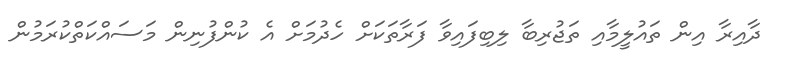
ދާއިރާ އިން ތައުލީމާއި ތަޖުރިބާ ލިބިފައިވާ ފަރާތަކަށް ހެދުމަށް އެ ކުންފުނިން މަސައްކަތްކުރަމުން